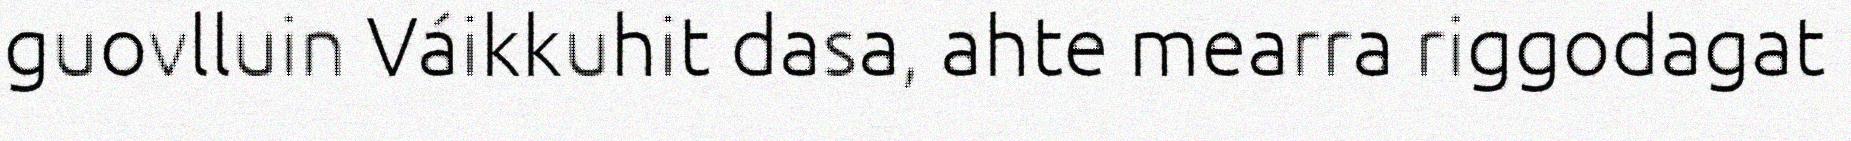
guovlluin Váikkuhit dasa, ahte mearra riggodagat